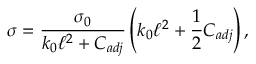
\sigma = \frac { \sigma _ { 0 } } { k _ { 0 } \ell ^ { 2 } + C _ { a d j } } \left( k _ { 0 } \ell ^ { 2 } + \frac { 1 } { 2 } C _ { a d j } \right) ,